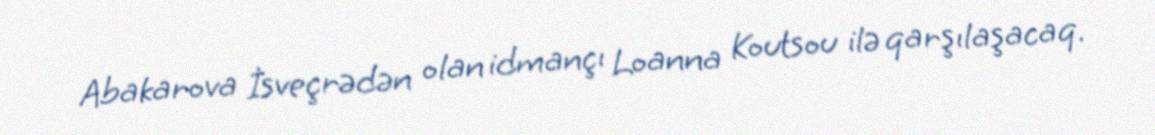
Abakarova İsveçrədən olan idmançı Loanna Koutsou ilə qarşılaşacaq.